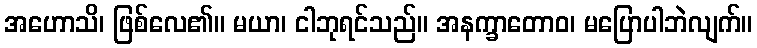
အဟောသိ၊ ဖြစ်လေ၏။ မယာ၊ ငါဘုရင်သည်။ အနက္ခာတောဝ၊ မပြောပါဘဲလျက်။